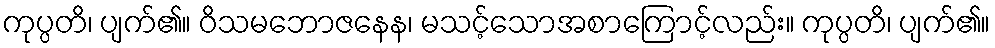
ကုပ္ပတိ၊ ပျက်၏။ ဝိသမဘောဇနေန၊ မသင့်သောအစာကြောင့်လည်း။ ကုပ္ပတိ၊ ပျက်၏။